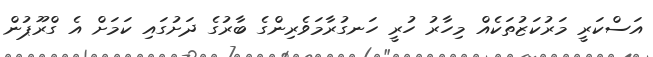
އަސްކަރީ މަރުކަޒުތަކެއް މިހާރު ހުރީ ހަނގުރާމަވެރިންގެ ބާރުގެ ދަށުގައި ކަމަށް އެ ގްރޫޕުން